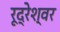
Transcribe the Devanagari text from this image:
रूद्रेश्वर